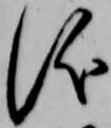
儀